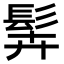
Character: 䯵